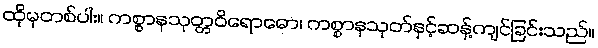
ထိုမှတစ်ပါး။ ကစ္စာနသုတ္တဝိရောဓော၊ ကစ္စာနသုတ်နှင့်ဆန့်ကျင်ခြင်းသည်။